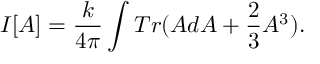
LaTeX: I [ A ] = \frac { k } { 4 \pi } \int T r ( A d A + \frac { 2 } { 3 } A ^ { 3 } ) .